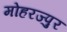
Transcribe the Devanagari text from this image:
मोहरज्पुर